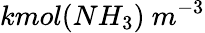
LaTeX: kmol(NH_{3})\ m^{-3}